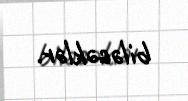
biləcəklər.